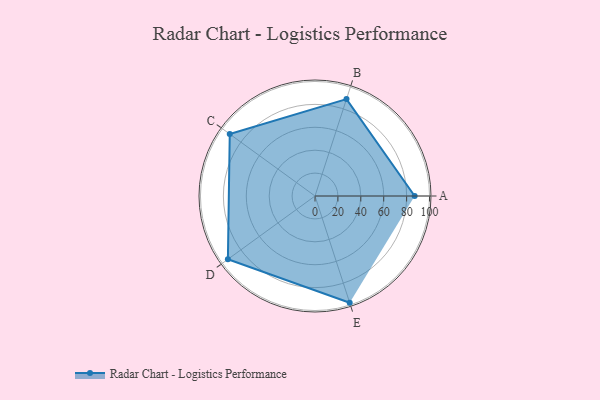
{"axis": {"x": "Skill", "y": "Score"}, "legend": ["Profile"], "data": [{"x": "A", "y": 87.0, "type": "Profile"}, {"x": "B", "y": 89.0, "type": "Profile"}, {"x": "C", "y": 92.0, "type": "Profile"}, {"x": "D", "y": 94.0, "type": "Profile"}, {"x": "E", "y": 98.0, "type": "Profile"}]}